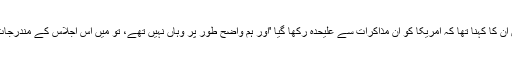
ایک سوال کے جواب میں ان کا کہنا تھا کہ امریکا کو ان مذاکرات سے علیحدہ رکھا گیا 'اور ہم واضح طور پر وہاں نہیں تھے، تو میں اس اجلاس کے مندرجات پر بات نہیں کرسکتے'۔